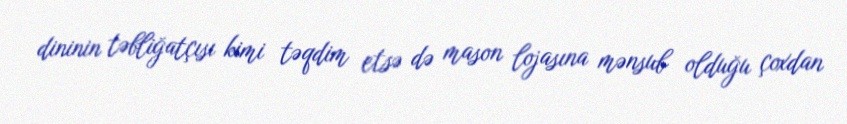
dininin təbliğatçısı kimi təqdim etsə də mason lojasına mənsub olduğu çoxdan